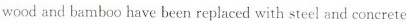
wood and bamboo have been replaced with steel and concrete